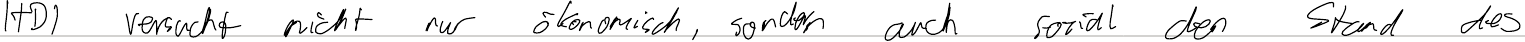
HDI versucht nicht nur ökonomisch, sondern auch sozial den Stand des